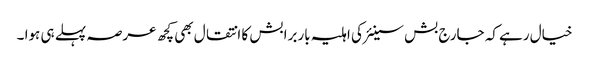
خیال رہے کہ جارج بش سینئر کی اہلیہ باربرا بش کا انتقال بھی کچھ عرصہ پہلے ہی ہوا ۔